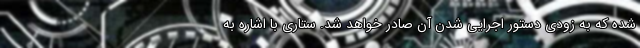
شده که به زودی دستور اجرایی شدن آن صادر خواهد شد. ستاری با اشاره به